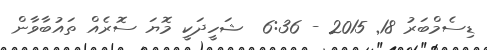
ޑިސެމްބަރު 18